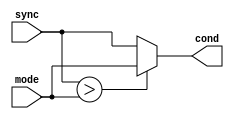
// Copyright 2003 Star Galaxy Publishing

module ifstmt (sync, mode, cond);
  input sync, mode;
  output cond;

  assign cond = sync > mode ? mode : sync;
endmodule